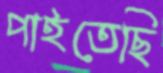
পাইতেছি